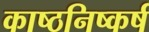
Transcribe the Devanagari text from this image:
काष्ठनिष्कर्ष